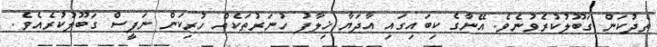
ތެދުކަން ގަބޫލުކުރެވުނެވެ. އޭނާގެ ކިބައިގައި އާދަޔާ ޚިލާފު ހުނަރުތަކެއް ހުރިކަން ނަފީސް ގަބޫލުކުރެއެވެ.